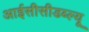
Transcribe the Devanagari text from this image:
आईसीसीडब्‍ल्‍यू